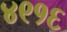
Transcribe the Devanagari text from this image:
४९१६